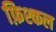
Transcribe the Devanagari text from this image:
फ़िश्कल